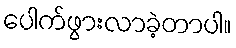
ပေါက်ဖွားလာခဲ့တာပါ။